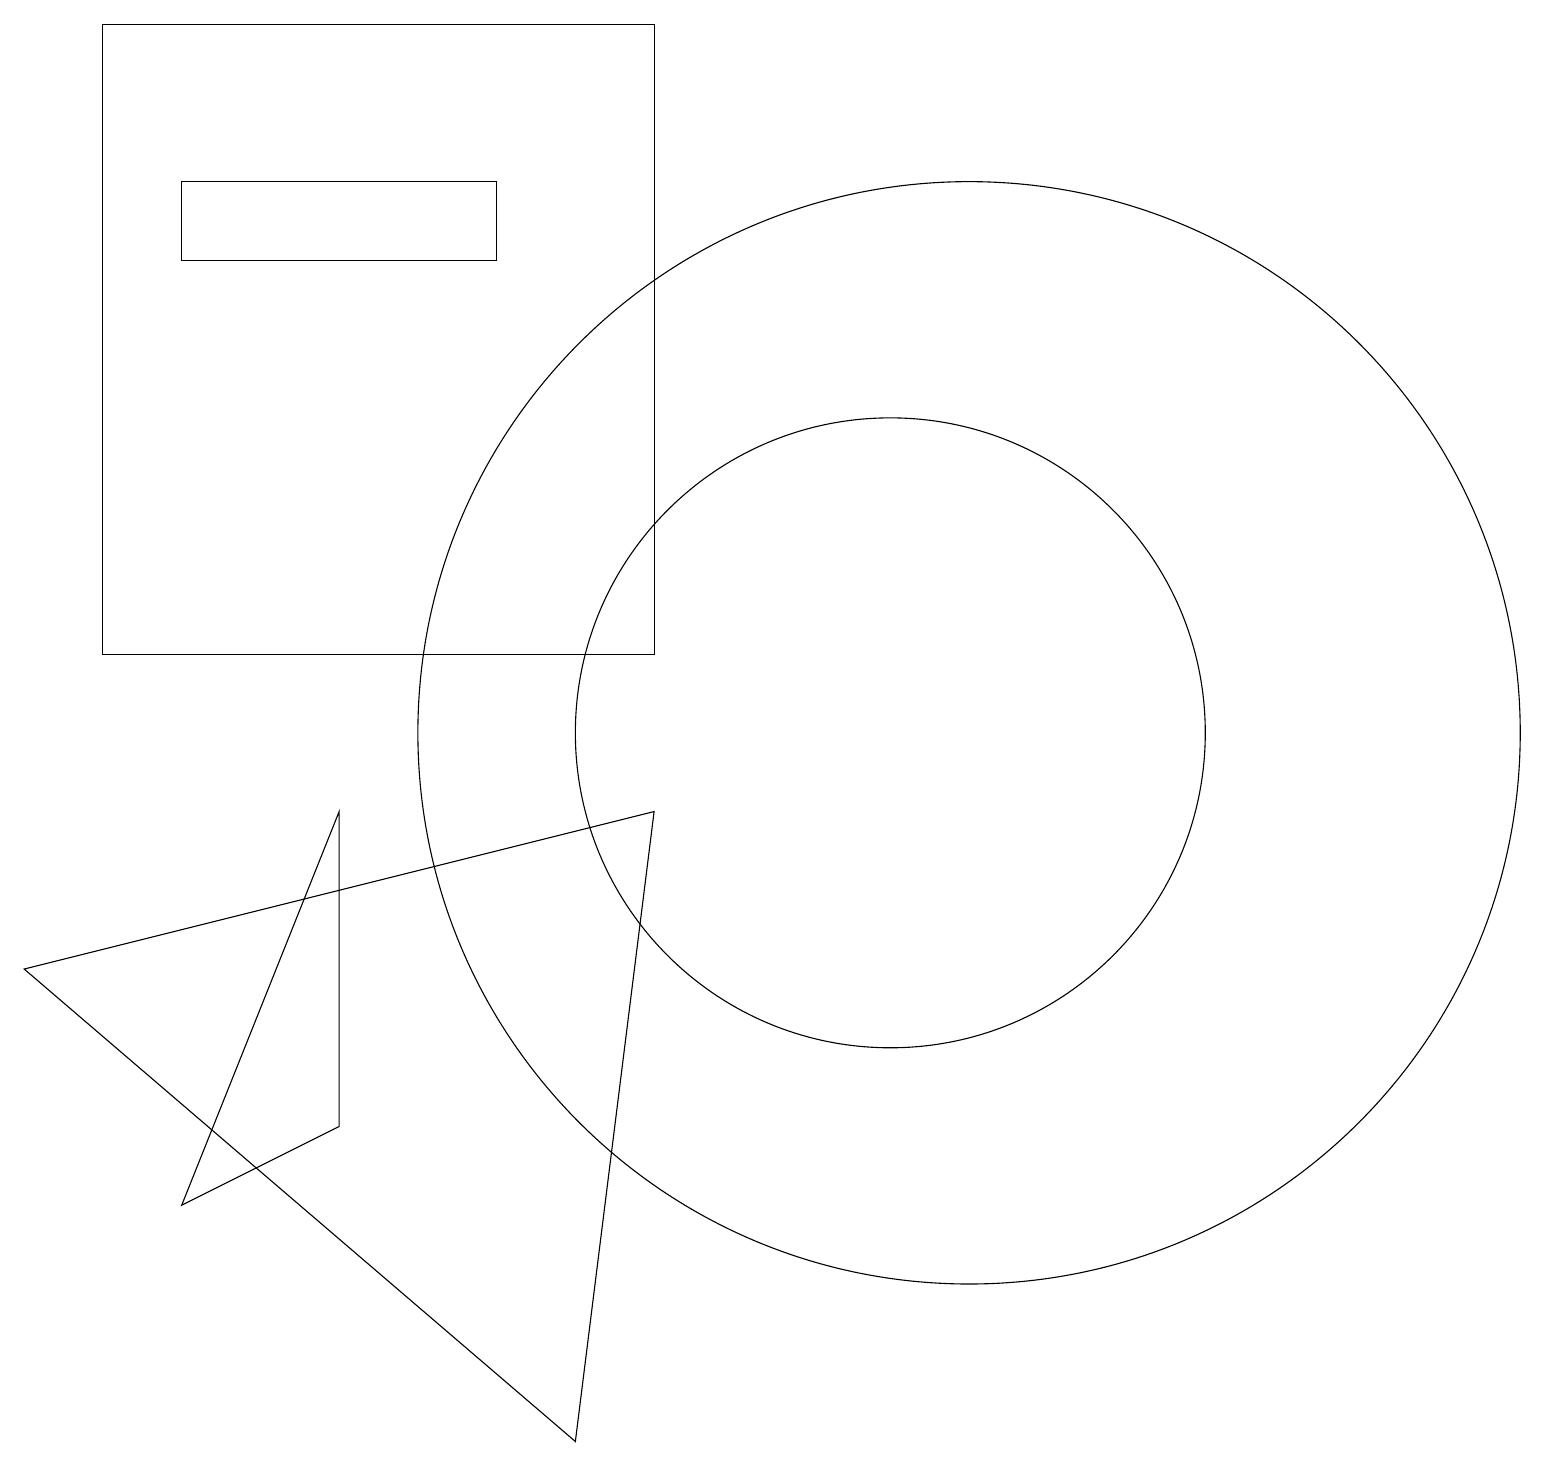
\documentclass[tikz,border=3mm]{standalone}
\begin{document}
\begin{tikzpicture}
\draw (1,11) rectangle (8,19);
\draw (12,10) circle (7);
\draw (6,17) rectangle (2,16);
\draw (4,9) -- (4,5) -- (2,4) -- cycle;
\draw (11,10) circle (4);
\draw (8,9) -- (0,7) -- (7,1) -- cycle;
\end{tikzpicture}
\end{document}